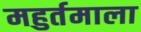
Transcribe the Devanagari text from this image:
महुर्तमाला